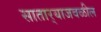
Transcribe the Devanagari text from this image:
सातार्‍याजवळील